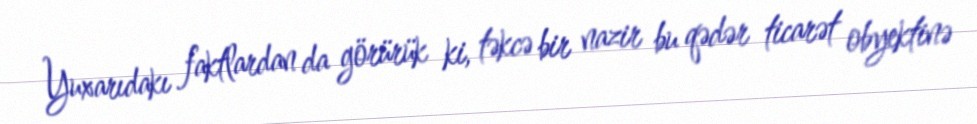
Yuxarıdakı faktlardan da görürük ki, təkcə bir nazir bu qədər ticarət obyektinə